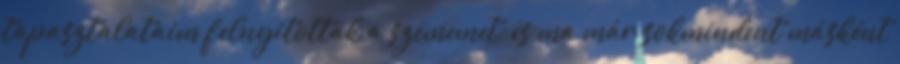
tapasztalataim felnyitották a szememet, és ma már sokmindent másként